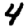
Digit: 4